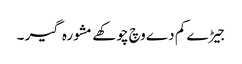
جیڑے کم دے وچ چوکھے مشورہ گیر ۔